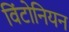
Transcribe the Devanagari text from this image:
विंटोनियन